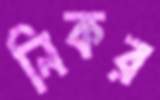
নিকর